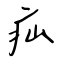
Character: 疝